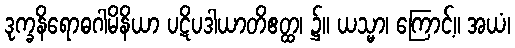
ဒုက္ခနိရောဓဂါမိနိယာ ပဋိပဒါယာတိဧတ္ထ၊ ၌။ ယသ္မာ၊ ကြောင့်။ အယံ၊